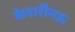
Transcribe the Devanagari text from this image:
केशरीमऊ